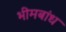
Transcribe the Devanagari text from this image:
भीमबांध